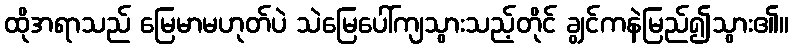
ထိုအရာသည် မြေမာမဟုတ်ပဲ သဲမြေပေါ်ကျသွားသည့်တိုင် ချွင်ကနဲမြည်၍သွား၏။